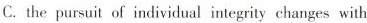
C. the pursuit of individual integrity changes with